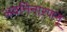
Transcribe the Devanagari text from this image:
अवनिनारणन्